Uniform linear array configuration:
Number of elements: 32
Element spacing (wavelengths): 1
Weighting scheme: uniform
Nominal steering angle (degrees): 0
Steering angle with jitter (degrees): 1.7
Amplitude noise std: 0.05
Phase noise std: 0.05

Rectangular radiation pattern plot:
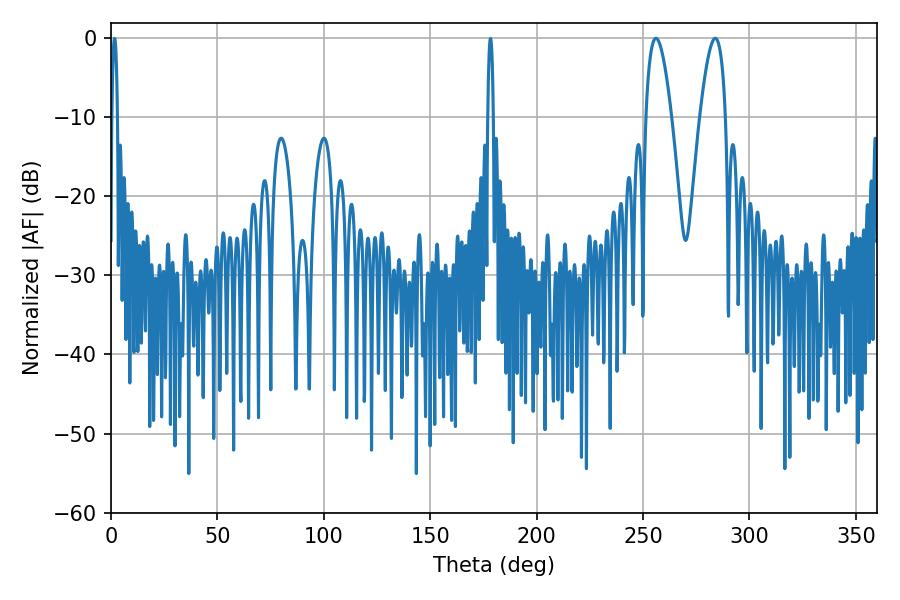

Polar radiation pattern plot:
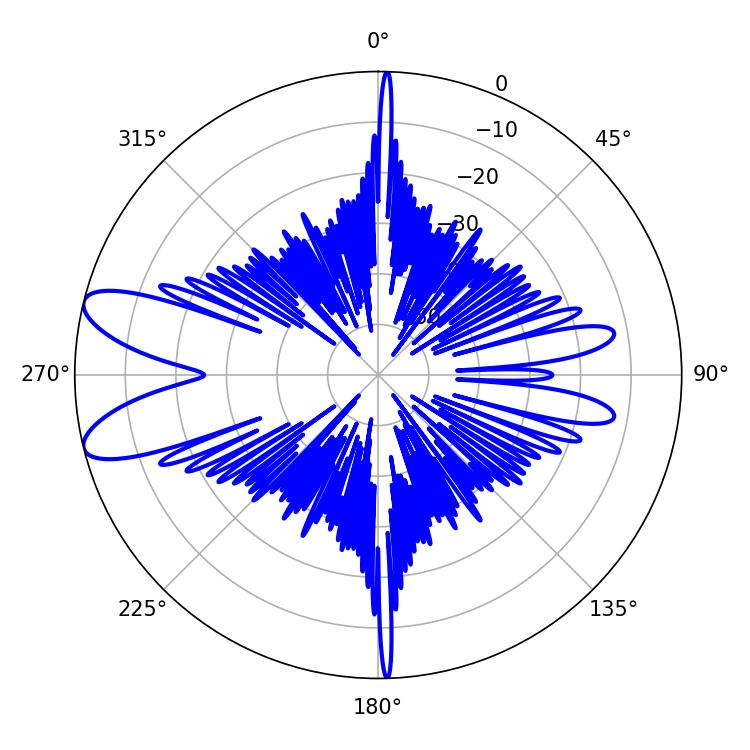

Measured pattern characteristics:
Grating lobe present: TRUE
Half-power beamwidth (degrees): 6.48
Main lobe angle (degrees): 256.14